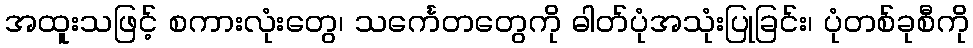
အထူးသဖြင့် စကားလုံးတွေ၊ သင်္ကေတတွေကို ဓါတ်ပုံအသုံးပြုခြင်း၊ ပုံတစ်ခုစီကို